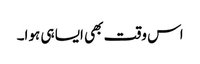
اس وقت بھی ایسا ہی ہوا۔